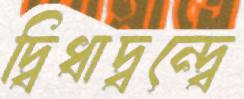
দ্বিধাদ্বন্দ্বে